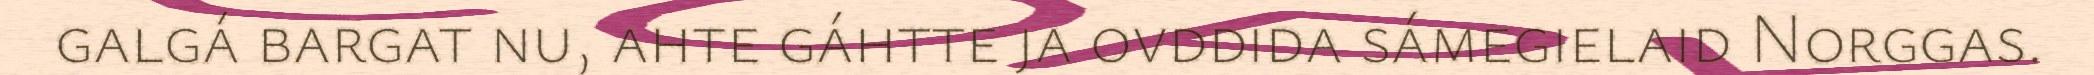
galgá bargat nu, ahte gáhtte ja ovddida sámegielaid Norggas.